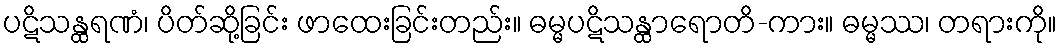
ပဋိသန္ထရဏံ၊ ပိတ်ဆို့ခြင်း ဖာထေးခြင်းတည်း။ ဓမ္မပဋိသန္ထာရောတိ-ကား။ ဓမ္မဿ၊ တရားကို။